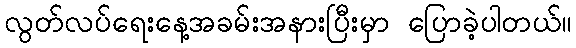
လွတ်လပ်ရေးနေ့အခမ်းအနားပြီးမှာ ပြောခဲ့ပါတယ်။